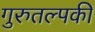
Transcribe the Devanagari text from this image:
गुरुतल्पकी